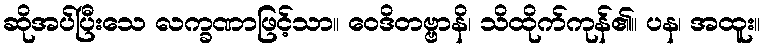
ဆိုအပ်ပြီးသေ လက္ခဏာဖြင့်သာ။ ဝေဒိတဗ္ဗာနိ၊ သိထိုက်ကုန်၏။ ပန၊ အထူး။